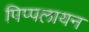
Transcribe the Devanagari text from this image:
पिप्पलायन